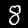
Digit: 8